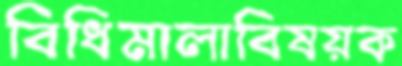
বিধিমালাবিষয়ক